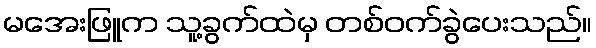
မအေးဖြူက သူ့ခွက်ထဲမှ တစ်ဝက်ခွဲပေးသည်။